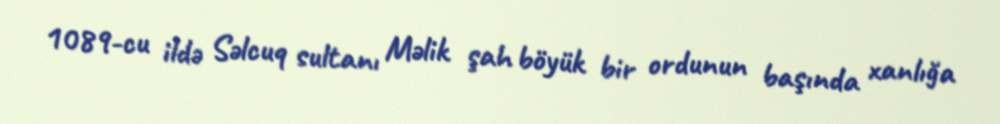
1089-cu ildə Səlcuq sultanı Məlik şah böyük bir ordunun başında xanlığa